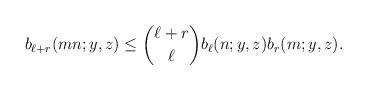
LaTeX: \begin{align*}b_{\ell+r}(mn;y,z)\leq \binom{\ell+r}{\ell} b_{\ell}(n;y,z)b_{r}(m;y,z).\end{align*}